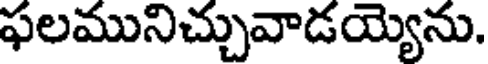
ఫలమునిచ్చువాడయ్యెను.